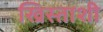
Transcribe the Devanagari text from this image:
ख्रिस्ताशी